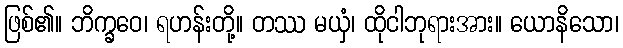
ဖြစ်၏။ ဘိက္ခဝေ၊ ရဟန်းတို့။ တဿ မယှံ၊ ထိုငါဘုရားအား။ ယောနိသော၊